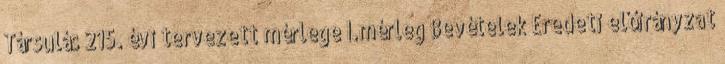
Társulás 215. évi tervezett mérlege I.mérleg Bevételek Eredeti előirányzat